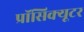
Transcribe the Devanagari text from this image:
प्रॉसिक्यूटर